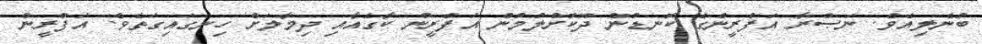
ބުނެލިއެވެ. ނަޞްރާ އަފްރީންގެ ކޮނޑުން ދޫކޮށްލުމުން އަފްރީން ކާގެއާއި ދިމާލަށް ހިނގައިގަތެވެ. އަފްރީން